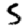
Digit: 5